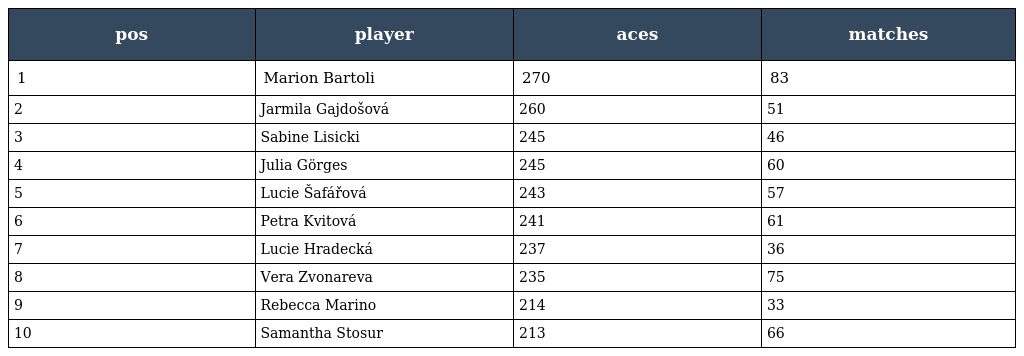
| pos | player | aces | matches |
 | --- | --- | --- | --- |
 | 1 | Marion Bartoli | 270 | 83 |
 | 2 | Jarmila Gajdošová | 260 | 51 |
 | 3 | Sabine Lisicki | 245 | 46 |
 | 4 | Julia Görges | 245 | 60 |
 | 5 | Lucie Šafářová | 243 | 57 |
 | 6 | Petra Kvitová | 241 | 61 |
 | 7 | Lucie Hradecká | 237 | 36 |
 | 8 | Vera Zvonareva | 235 | 75 |
 | 9 | Rebecca Marino | 214 | 33 |
 | 10 | Samantha Stosur | 213 | 66 |